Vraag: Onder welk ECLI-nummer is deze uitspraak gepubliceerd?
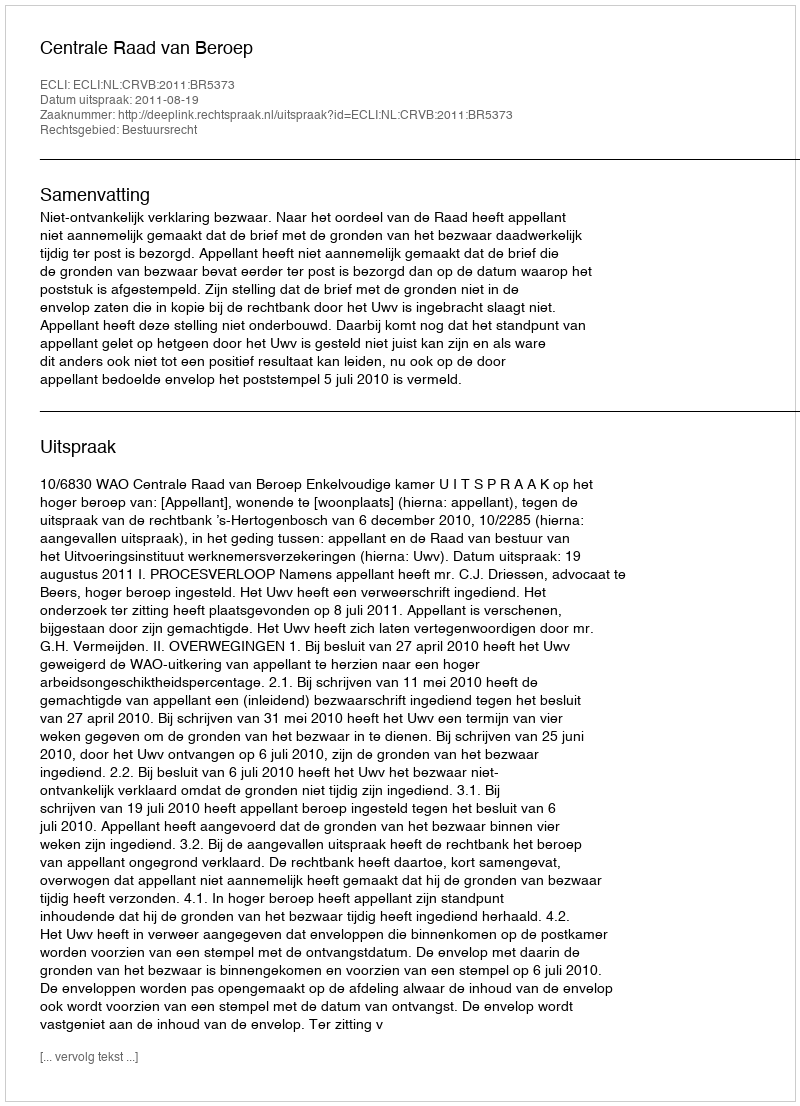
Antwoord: ECLI:NL:CRVB:2011:BR5373